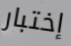
إختبار